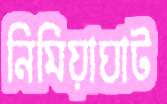
নিমিয়াঘাট